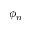
\phi _ { n }